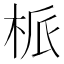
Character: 㭛